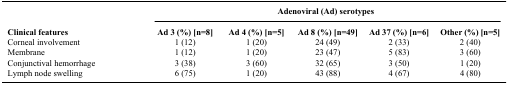
<table><thead><tr><td><b> </b></td><td colspan="5"><b>Adenoviral (Ad) serotypes</b></td></tr><tr><td><b>Clinical features</b></td><td><b>Ad 3 (%) [n=8]</b></td><td><b>Ad 4 (%) [n=5]</b></td><td><b>Ad 8 (%) [n=49]</b></td><td><b>Ad 37 (%) [n=6]</b></td><td><b>Other (%) [n=5]</b></td></tr></thead><tbody><tr><td>Corneal involvement</td><td>1 (12)</td><td>1 (20)</td><td>24 (49)</td><td>2 (33)</td><td>2 (40)</td></tr><tr><td>Membrane</td><td>1 (12)</td><td>1 (20)</td><td>23 (47)</td><td>5 (83)</td><td>3 (60)</td></tr><tr><td>Conjunctival hemorrhage</td><td>3 (38)</td><td>3 (60)</td><td>32 (65)</td><td>3 (50)</td><td>1 (20)</td></tr><tr><td>Lymph node swelling</td><td>6 (75)</td><td>1 (20)</td><td>43 (88)</td><td>4 (67)</td><td>4 (80)</td></tr></tbody></table>